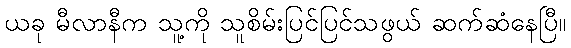
ယခု မီလာနီက သူ့ကို သူစိမ်းပြင်ပြင်သဖွယ် ဆက်ဆံနေပြီ။